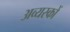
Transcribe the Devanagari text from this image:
अव्यस्कों